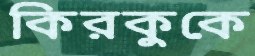
কিরকুকে